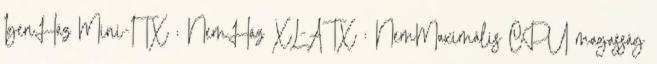
IgenHáz Mini-ITX : NemHáz XL-ATX : NemMaximális CPU magasság